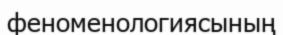
феноменологиясының